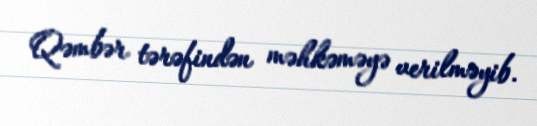
Qəmbər tərəfindən məhkəməyə verilməyib.